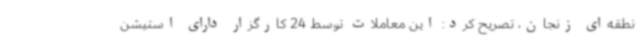
نطقه‌ای زنجان، تصریح کرد: این معاملات توسط 24 کارگزار دارای استیشن